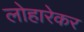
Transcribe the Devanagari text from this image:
लोहारेकर